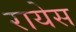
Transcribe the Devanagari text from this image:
रायेस